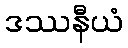
ဒဿနီယံ